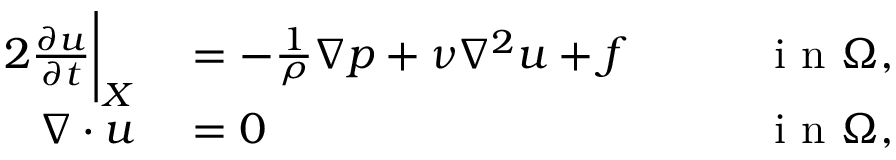
\begin{array} { r l r } { { 2 } \frac { \partial \b u } { \partial t } \bigg | _ { \b X } } & { { } = - \frac { 1 } { \rho } \nabla p + \nu \nabla ^ { 2 } \b u + \b f } & { \qquad \mathrm { ~ i ~ n ~ } \Omega , } \\ { \nabla \cdot \b u } & { { } = 0 } & { \qquad \mathrm { ~ i ~ n ~ } \Omega , } \end{array}